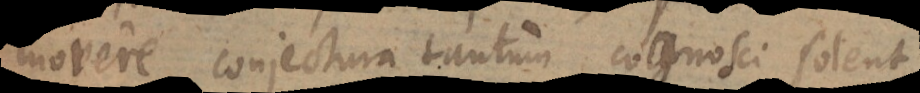
movere conjectura tantum cognosci solent.